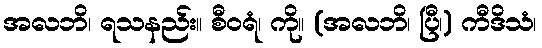
အလဘိ၊ ရသနည်း။ စီဝရံ၊ ကို။ (အလဘိ၊ ပြီ၊) ကီဒိသံ၊